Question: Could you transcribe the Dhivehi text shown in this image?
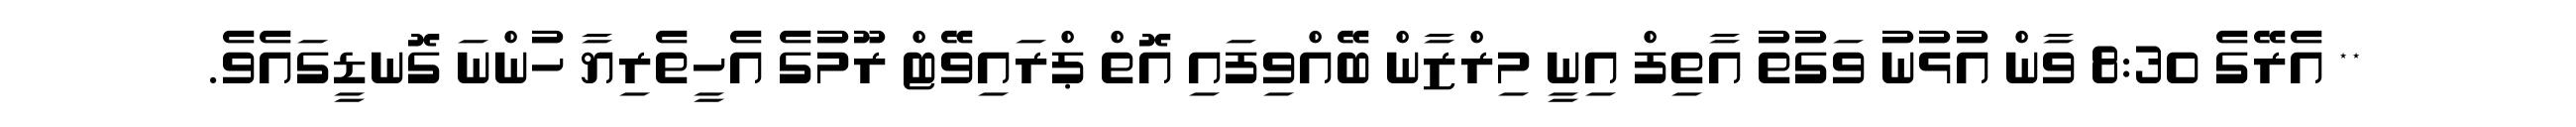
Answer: ** އެރޭގެ 8:30 ވާން އުޅުނު ވަގުތު އާތިފް އިނީ މިރްޒާން ބޭއްވިފައި އޮތް ޕްރައިވޭޓް ރޫމުގެ އެހީތެރިޔާ ހުންނަ ގޮނޑީގައެވެ.